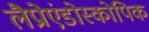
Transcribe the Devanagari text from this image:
लैप्रोएंडोस्कोपिक